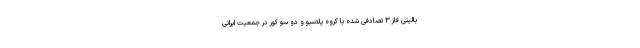
بالینی فاز ۳ تصادفی شده با گروه پلاسبو و دو سو کور در جمعیت ایرانی